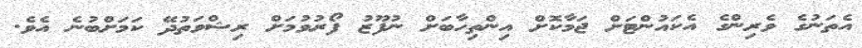
އެތަނުގެ ވެރިންގެ އެކައުންޓަށް ޖަމާކޮށް އިންތިހާބަށް ނުފޫޒު ފޯރުވުމަށް ރިޝްވަތުދޭ ކަމަށްބުނެ އެވެ.